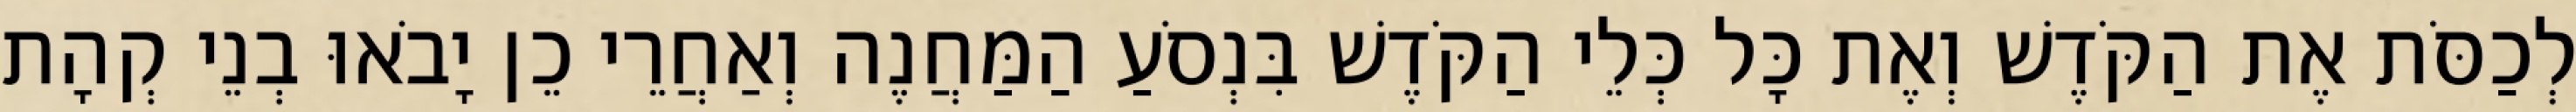
לְכַסֹּת אֶת הַקֹּדֶשׁ וְאֶת כָּל כְּלֵי הַקֹּדֶשׁ בִּנְסֹעַ הַמַּחֲנֶה וְאַחֲרֵי כֵן יָבֹאוּ בְנֵי קְהָת